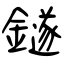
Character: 鐩